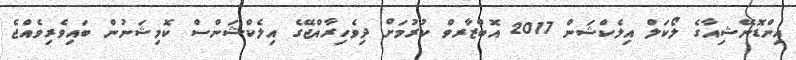
އިންޑޮނޭޝިއާގެ ލޯކަލް އިލެކްޝަން 2017 އޮބްޒާރވް ކުރުމަށް ދިވެހިރާއްޖޭގެ އިލެކްޝަންސް ކޮމިޝަނުން ބައިވެރިވެއްޖެ